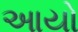
આયો